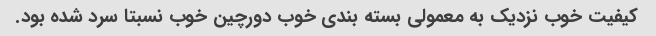
کیفیت خوب نزدیک به معمولی بسته بندی خوب دورچین خوب نسبتا سرد شده بود.